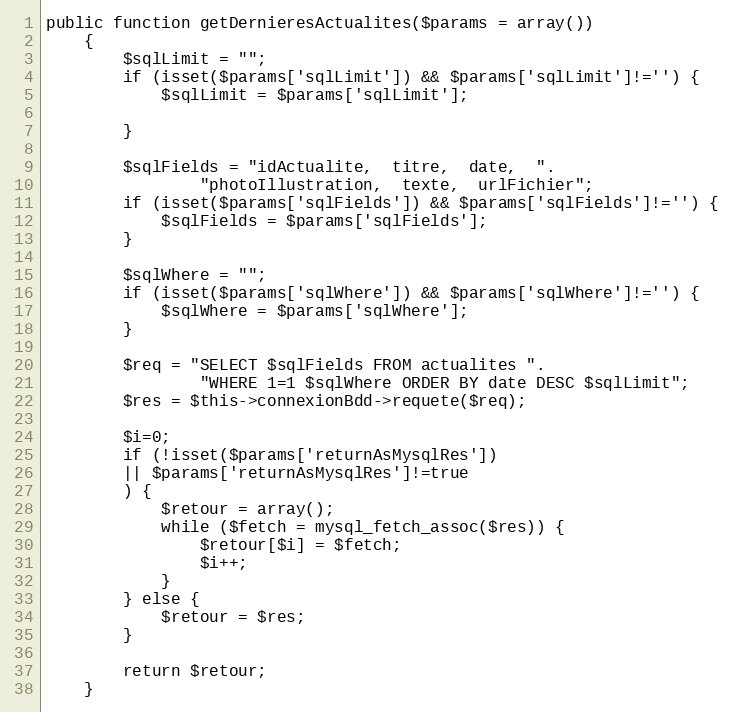
Language: PHP
public function getDernieresActualites($params = array())
	{
		$sqlLimit = "";
		if (isset($params['sqlLimit']) && $params['sqlLimit']!='') {
			$sqlLimit = $params['sqlLimit'];

		}

		$sqlFields = "idActualite,  titre,  date,  ".
				"photoIllustration,  texte,  urlFichier";
		if (isset($params['sqlFields']) && $params['sqlFields']!='') {
			$sqlFields = $params['sqlFields'];
		}

		$sqlWhere = "";
		if (isset($params['sqlWhere']) && $params['sqlWhere']!='') {
			$sqlWhere = $params['sqlWhere'];
		}

		$req = "SELECT $sqlFields FROM actualites ".
				"WHERE 1=1 $sqlWhere ORDER BY date DESC $sqlLimit";
		$res = $this->connexionBdd->requete($req);

		$i=0;
		if (!isset($params['returnAsMysqlRes'])
		|| $params['returnAsMysqlRes']!=true
		) {
			$retour = array();
			while ($fetch = mysql_fetch_assoc($res)) {
				$retour[$i] = $fetch;
				$i++;
			}
		} else {
			$retour = $res;
		}

		return $retour;
	}